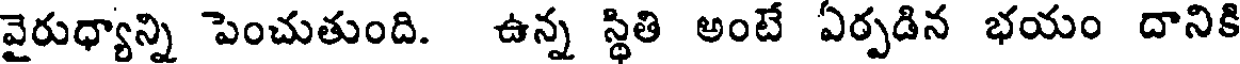
వైరుధ్యాన్ని పెంచుతుంది. ఉన్న స్థితి అంటే ఏర్పడిన భయం దానికి